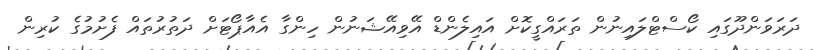
ދަރަވަންދޫގައި ކޯސްޓްލައިނުން ތަރައްގީކޮށް އައިލެންޑް އޭވިއޭޝަނުން ހިންގާ އެއާޕޯޓަށް ދަތުރުތައް ފެށުމުގެ ކުރިން